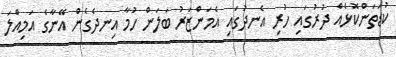
ކުޑަތަންކޮޅެއް ދުރުގައި ހުރި އެނދުގައި އެމަންޒަރު ބަލަން ހުމާ އިނދެގެން އޭނާގެ އަމިއްލަ